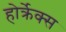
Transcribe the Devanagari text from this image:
होर्क्रेक्स